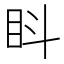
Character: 䀞